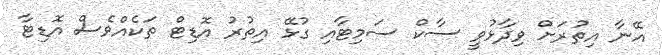
އޭނާ އިތުރަށް ވިދާޅުވީ ސާކް ސަމިޓާއި ގުޅޭ އިތުރު އޮޑިޓް ތަކެއްވެސް އޮޑިޓާ